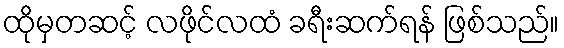
ထိုမှတဆင့် လဖိုင်လထံ ခရီးဆက်ရန် ဖြစ်သည်။